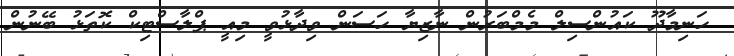
ހަނިމާދޫ ކައުންސިލް މެމްބަރުން ނާޒިޔާ ހަސަން ވިދާޅުވީ މިއީ ޕްލާސްޓިކް ކޮތަޅު ބޭނުން